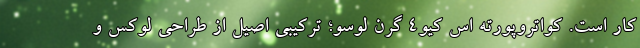
کار است. کواتروپورته اس کیو4 گرن لوسو؛ ترکیبی اصیل از طراحی لوکس و